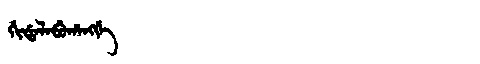
Manchu: ᡤᡳᡩᠠᠯᠠᠪᡠᡥᠠᠩᡤᡝ
Romanization: GIDALABUHANGGE